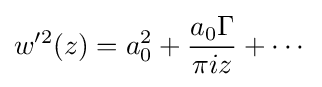
w'^{2}(z)=a_{0}^{2}+{\frac {a_{0}\Gamma }{\pi iz}}+\cdots